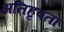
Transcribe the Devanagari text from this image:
अतिहृषता